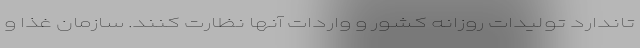
تاندارد توليدات روزانه كشور و واردات آنها نظارت كنند. سازمان غذا و